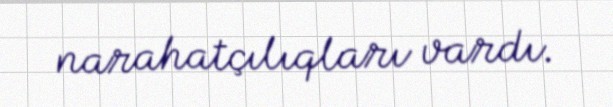
narahatçılıqları vardı.